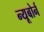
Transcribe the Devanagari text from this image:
न्यूबोर्न